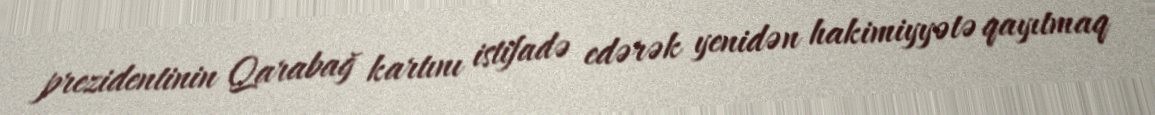
prezidentinin Qarabağ kartını istifadə edərək yenidən hakimiyyətə qayıtmaq